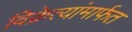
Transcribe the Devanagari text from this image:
विक्रेत्यांमार्फत